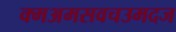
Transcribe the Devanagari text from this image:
क्मअमसवचउमदज